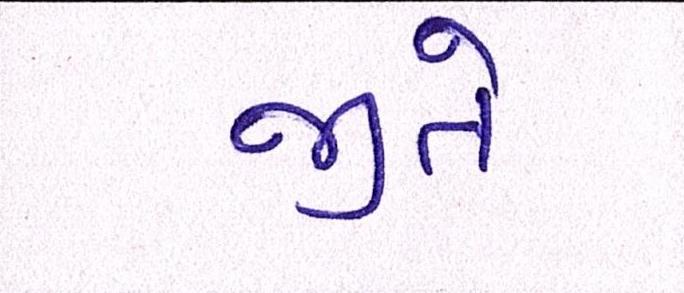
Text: જીતે